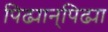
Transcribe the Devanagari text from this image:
पिढ्यान्‌पिढ्या